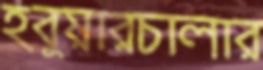
হবুয়ারচালার